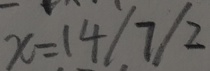
x = 1 4 / 7 / 2